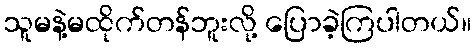
သူမနဲ့မထိုက်တန်ဘူးလို့ ပြောခဲ့ကြပါတယ်။